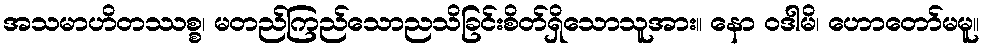
အသမာဟိတဿစ္စ၊ မတည်ကြည်သောညသိခြင်းစိတ်ရှိသောသူအား။ နော ဝဒါမိ၊ ဟောတော်မမူ။